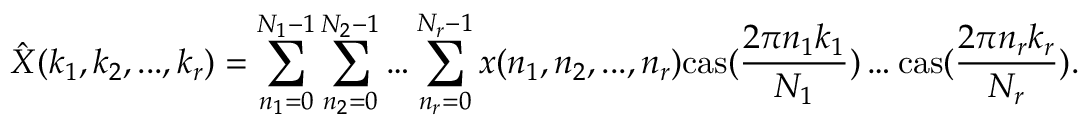
{ \hat { X } } ( k _ { 1 } , k _ { 2 } , . . . , k _ { r } ) = \sum _ { n _ { 1 } = 0 } ^ { N _ { 1 } - 1 } \sum _ { n _ { 2 } = 0 } ^ { N _ { 2 } - 1 } \dots \sum _ { n _ { r } = 0 } ^ { N _ { r } - 1 } x ( n _ { 1 } , n _ { 2 } , . . . , n _ { r } ) \mathrm { { c a s } } ( { \frac { 2 \pi n _ { 1 } k _ { 1 } } { N _ { 1 } } } ) \dots \mathrm { { c a s } } ( { \frac { 2 \pi n _ { r } k _ { r } } { N _ { r } } } ) .